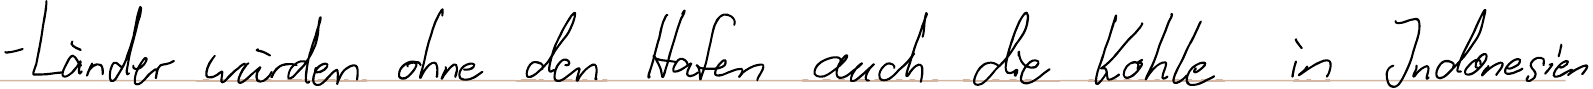
- Länder würden ohne den Hafen auch die Kohle in Indonesien